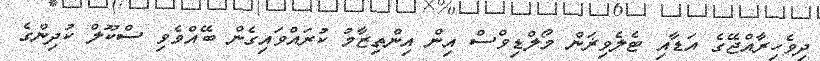
ދިވެހިރާއްޖޭގެ އަޑާއި ޓެލެވިޜަން މޯލްޑިވްސް އިން އިންތިޒާމު ކުރައްވައިގެން ބޭއްވެވި ސްކޫލް ކުދިންގެ